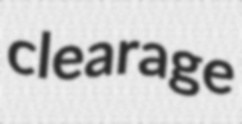
clearage